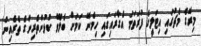
މިރޭގެ މެޗުގައި އިޓަލީގެ ފުރަތަމަ އެގާރައިގައި ހިމެނޭ ކަމަށް ބެލެވޭ ކުޅުންތެރިންގެ ތެރެއިން